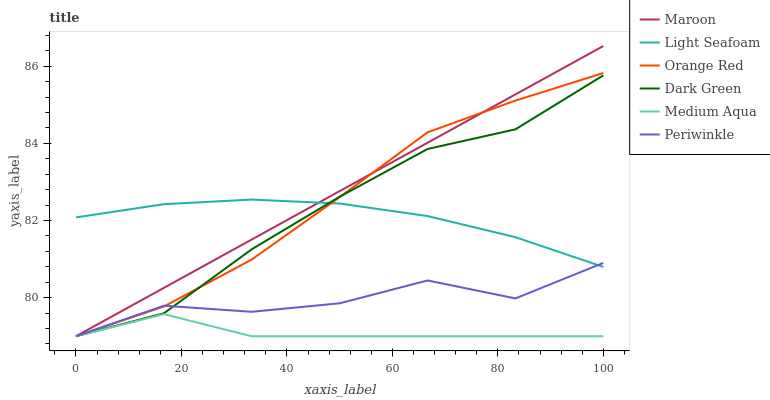
| xaxis_label | Maroon | Light Seafoam | Orange Red | Dark Green | Medium Aqua | Periwinkle |
 | --- | --- | --- | --- | --- | --- | --- |
 | 0 | 79 | 82.1 | 79 | 79 | 79 | 79 |
 | 16.7 | 80.3 | 82.4 | 79.8 | 79.6 | 79.6 | 79.8 |
 | 33.3 | 81.5 | 82.5 | 81 | 81.3 | 79 | 79.6 |
 | 50 | 82.8 | 82.4 | 82.6 | 82.6 | 79 | 79.9 |
 | 66.7 | 84 | 82.1 | 84.3 | 83.9 | 79 | 80.4 |
 | 83.3 | 85.3 | 81.6 | 85.1 | 84.4 | 79 | 80 |
 | 100 | 86.5 | 80.8 | 85.8 | 85.8 | 79 | 80.9 |